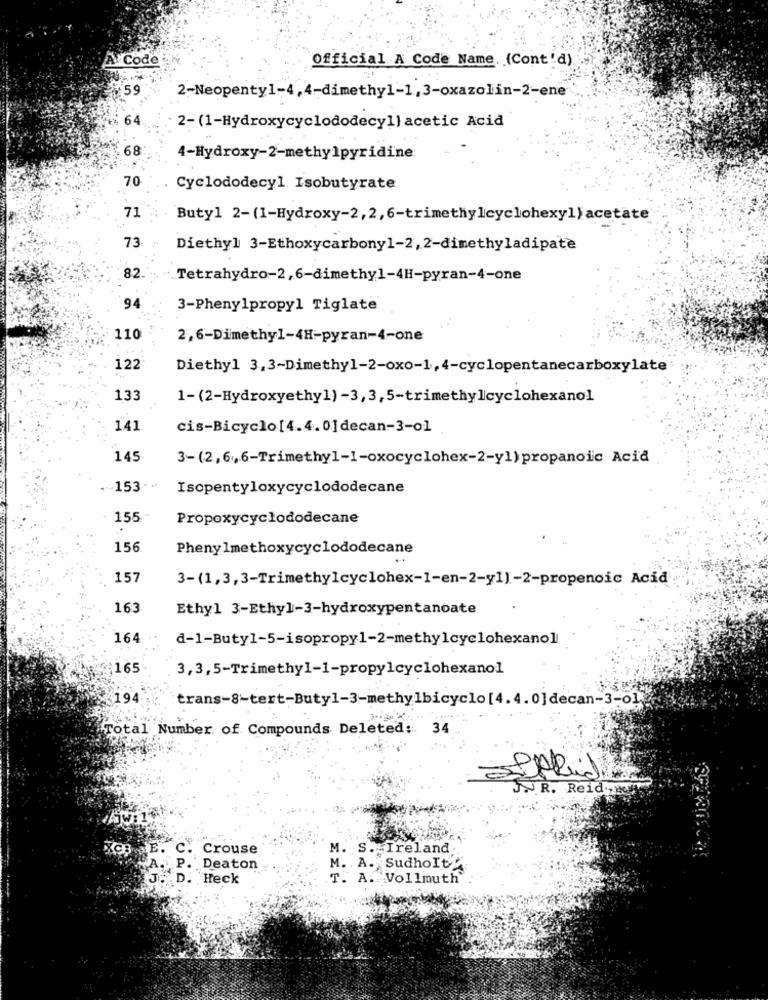
A Code
Official A Code Name. (Cont'd)
559
2-Neopenty1-4,4-dimethyl-1,3-oxazolin-2-ene
64
2-(1-Hydroxycyclododecyl) acetic Acid
68
4-Hydroxy-2-methylpyridine
70
Cyclododecyl Isobutyrate
71
Butyl 2-(1-Hydroxy-2,2,6-trimethylcyclohexyl) acetate
73
Diethyl 3-Ethoxycarbony1-2, 2-dimethyladipate
82
Tetrahydro-2,6-dimethyl-4H-pyran-4-one
94
3-Phenylpropyl Tiglate
110
2,6-Dimethyl-4H-pyran-4-one
122
Diethyl 3,3-Dimethyl-2-oxo-1, 4-cyclopentanecarboxylate
13
1-(2-Hydroxyethyl) -3,3,5-trimethylcyclohexanol
141
cis-Bicyclo[4.4.0]decan-3-01
145
3-(2,6,6-Trimethyl-I-oxocyclohex-2-y1) propanoic Acid
153 ..
Isopentyloxycyclododecane
155
Propoxycyclododecane
.
156
Phenylmethoxycyclododecane
157
3-(1,3,3-Trimethylcyclohex-1-en-2-y1)-2-propenoic Acid
163
Ethyl 3-Ethyl-3-hydroxypentanoate
164
d-1-Butyl-5-isopropyl-2-methylcyclohexanol
:165
3,3,5-Trimethyl-1-propylcyclohexanol
194
trans-8-tert-Butyl-3-methylbicyclo [4.4.0]decan-3-01
Total Number of Compounds Deleted: 34
JR. Reid
SWI
XCB E. C. Crouse
M. S. Ireland
A. P. Deaton
M. A. SudhoIty
J. D. Heck
T. A. Vollmuth"